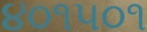
૪૦૧૫૦૧